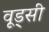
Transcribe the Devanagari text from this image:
वूड्सी